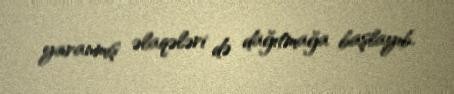
yaranmış əlaqələri də dağıtmağa başlayıb.